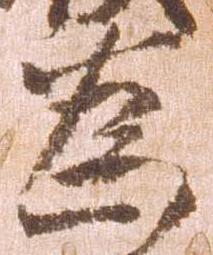
為